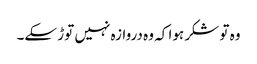
وہ تو شکر ہوا کہ وہ دروازہ نہیں توڑ سکے۔